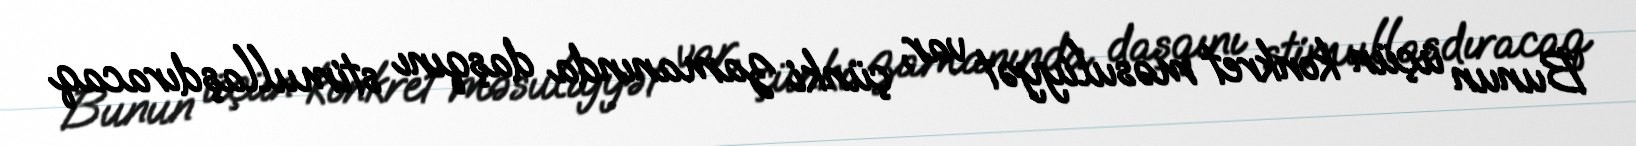
Bunun üçün konkret məsuliyyət var, çünki zamanında daşqını stimullaşdıracaq